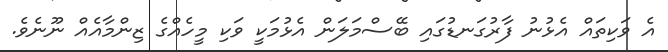
އެ ވަކިތައް އެޅުނު ފާރުގަނޑުގައި ބޭސްމަލަން އެޅުމަކީ ވަކި މީހެއްގެ ޒިންމާއެއް ނޫނެވެ.